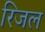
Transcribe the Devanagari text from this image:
रिजल